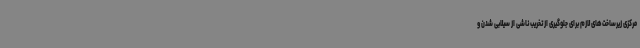
مرکزی زیرساخت‌های لازم برای جلوگیری از تخریب ناشی از سیلابی شدن و